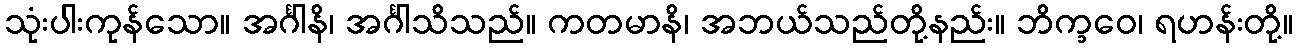
သုံးပါးကုန်သော။ အင်္ဂါနိ၊ အင်္ဂါသိသည်။ ကတမာနိ၊ အဘယ်သည်တို့နည်း။ ဘိက္ခဝေ၊ ရဟန်းတို့။